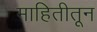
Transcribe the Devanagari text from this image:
माहितीतून